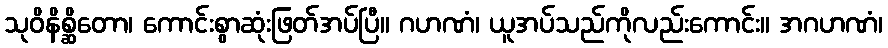
သုဝိနိစ္ဆိတော၊ ကောင်းစွာဆုံးဖြတ်အပ်ပြီ။ ဂဟဏံ၊ ယူအပ်သည်ကိုလည်းကောင်း။ အဂဟဏံ၊